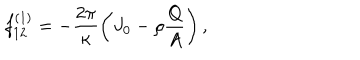
f _ { 1 2 } ^ { \left( 1 \right) } = - \frac { 2 \pi } { \kappa } \left( J _ { 0 } - \rho \frac { Q } { A } \right) ,